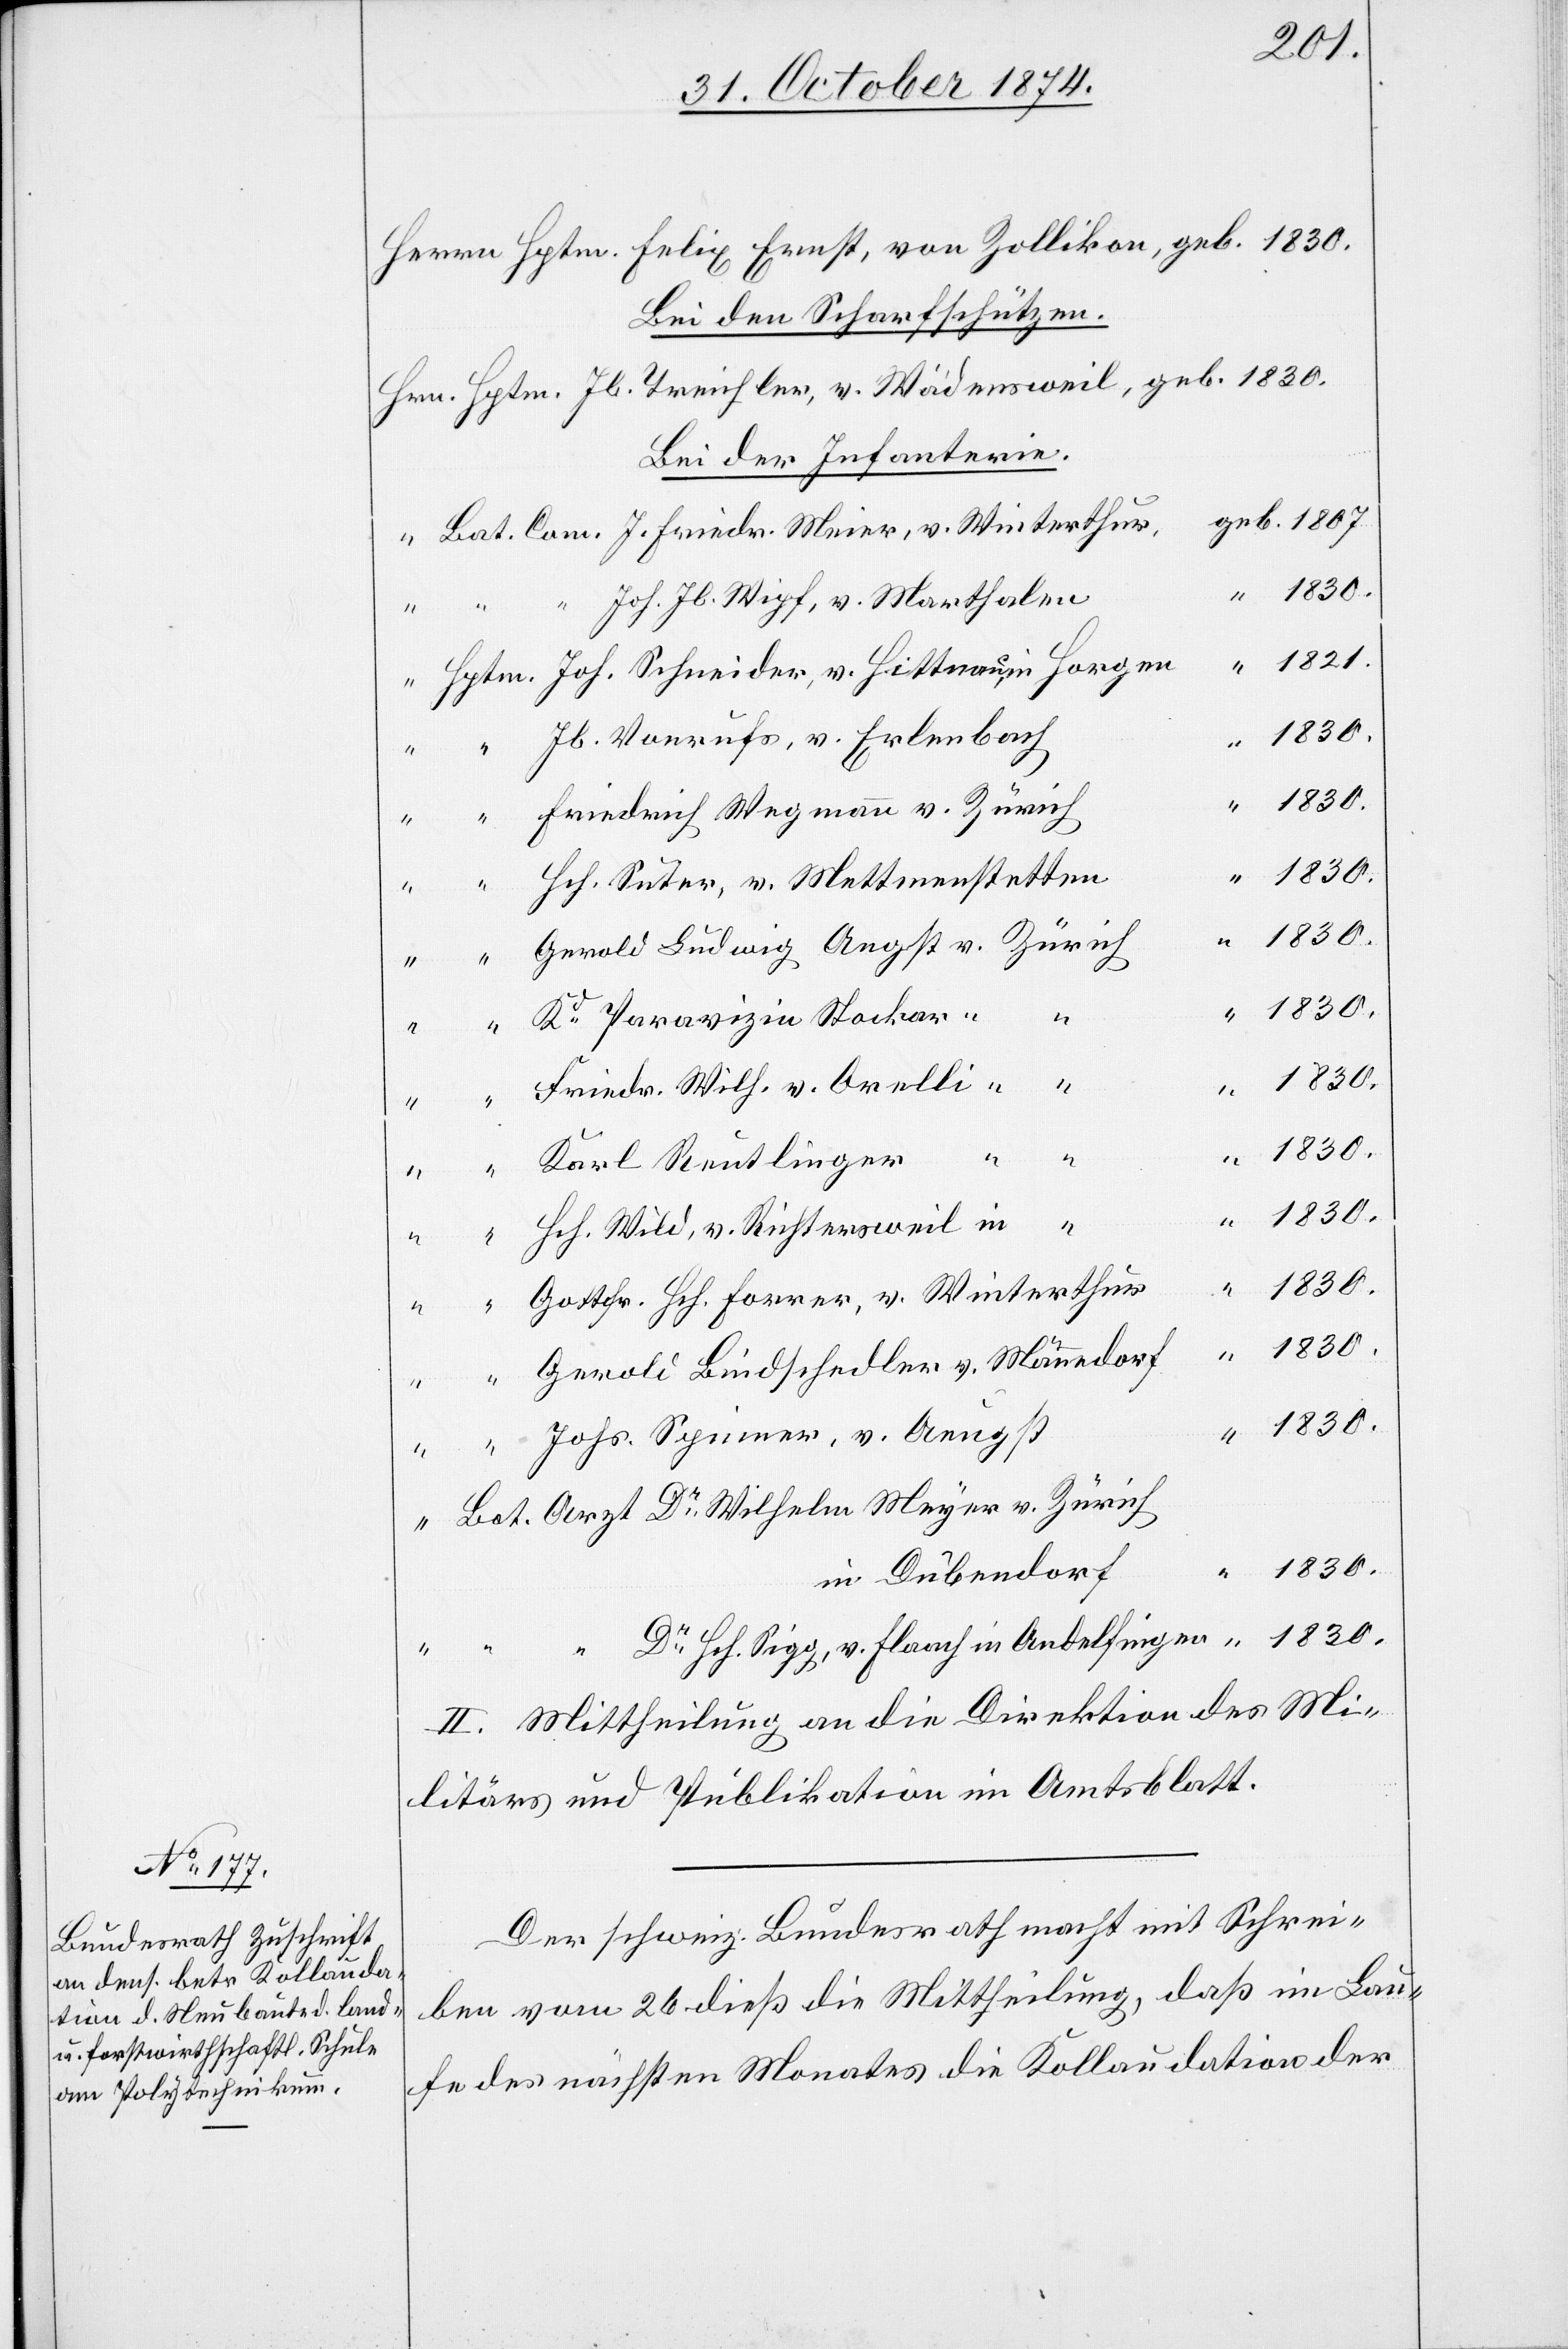
1821.
Herrn Hptm. Felix Ernst, von Zollikon, geb. 1830.
Bei den Scharfschützen.
Hrn. Hptm. Jb. Treichler, v. Wädensweil, geb. 1830.
Bei der Infanterie.
J. Friedr. Meier, v. Winterthur,
Joh. Schneider, v. Hittnau, in Horgen
Jb. Vonrufs, v. Erlenbach
Friedrich Wegmann v. Zürich
Hch. Suter, v. Mettmenstetten
Gerold Ludwig Angst v. Zürich
Friedr. Wilh. v. Orelli “ “
Karl Reutlinger “ “
Hch. Wild, v. Richtersweil in “
1830.
v.
Gottfr. Hch. Forrer, v. Winterthur
Gerold Bindschedler v. Männedorf
Johs. Spinner, v. Aeugst
in Dübendorf
Dr Hch. Sigg, v. Flaach in Andelfingen
II. Mittheilung an die Direktion des Mi¬
litärs und Publikation im Amtsblatt.
Der schweiz. Bundesrath macht mit Schrei¬
ben vom 26. dieß die Mittheilung, daß im Lau¬
fe des nächsten Monates die Kollaudation der